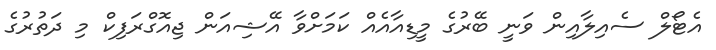
އެޓޯލް ސެއިލާއިން ވަނީ ބޭރުގެ މީޑިއާއެއް ކަމަށްވާ އޭޝިއަން ޖިއޮގްރަފިކް މި ދަތުރުގެ